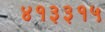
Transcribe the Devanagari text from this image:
४१३३१५